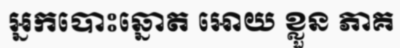
អ្នកបោះឆ្នោត អោយ ខ្លួន ភាគ